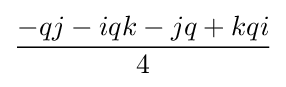
{\frac {-qj-iqk-jq+kqi}{4}}